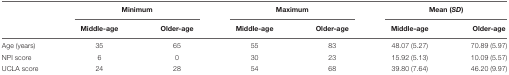
|  | <COLSPAN=2> Minimum | <COLSPAN=2> Maximum | <COLSPAN=2> Mean (SD) |
 |  | Middle-age | Older-age | Middle-age | Older-age | Middle-age | Older-age |
 | --- | --- | --- | --- | --- | --- | --- |
 | Age (years) | 35 | 65 | 55 | 83 | 48.07 (5.27) | 70.89 (5.97) |
 | NPI score | 6 | 0 | 30 | 23 | 15.92 (5.13) | 10.09 (5.57) |
 | UCLA score | 24 | 28 | 54 | 68 | 39.80 (7.64) | 46.20 (9.97) |